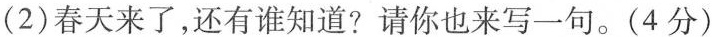
(2)春天来了，还有谁知道？请你也来写一句。(4分)